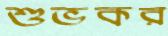
শুভকর